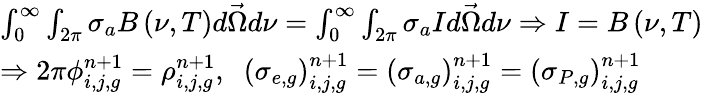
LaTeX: \begin{array}{l}{{\int_{\mathrm{0}}^{\infty}\int_{2\pi}\sigma_{a}B\left(\nu,T\right)d\vec{\Omega}d\nu=\int_{\mathrm{0}}^{\infty}\int_{2\pi}\sigma_{a}Id\vec{\Omega}d\nu\Rightarrow I=B\left(\nu,T\right)}}\\ {{\Rightarrow 2\pi\phi_{i,j,g}^{n+1}=\rho_{i,j,g}^{n+1},\; \; \left(\sigma_{e,g}\right)_{i,j,g}^{n+1}=\left(\sigma_{a,g}\right)_{i,j,g}^{n+1}=\left(\sigma_{P,g}\right)_{i,j,g}^{n+1}}}\end{array}